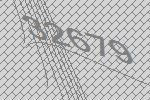
32679